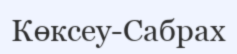
Көксеу-Сабрах